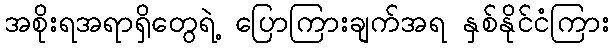
အစိုးရအရာရှိတွေရဲ့ ပြောကြားချက်အရ နှစ်နိုင်ငံကြား